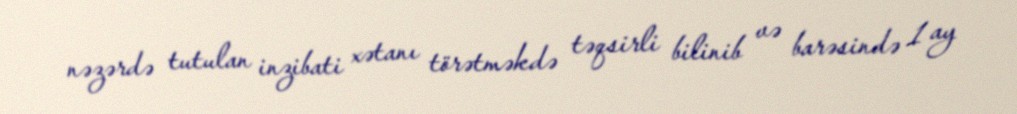
nəzərdə tutulan inzibati xətanı törətməkdə təqsirli bilinib və barəsində 1 ay